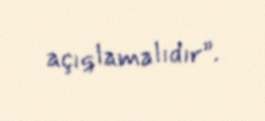
açıqlamalıdır”.